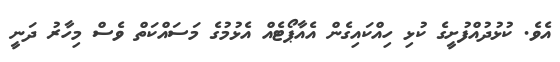
އެވެ. ކުޅުދުއްފުށީގެ ކުޅި ހިއްކައިގެން އެއާޕޯޓެއް އެޅުމުގެ މަސައްކަތް ވެސް މިހާރު ދަނީ